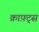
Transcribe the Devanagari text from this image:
क्राफ़्ट्स